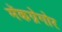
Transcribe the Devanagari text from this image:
मॅकग्रेगोर